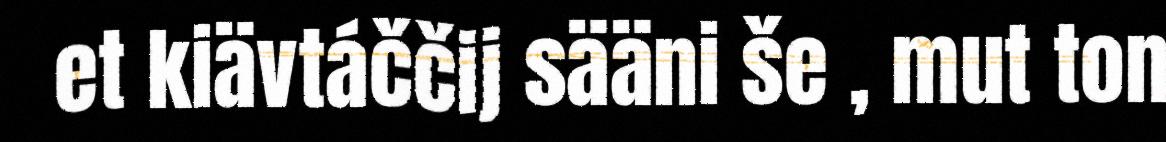
et kiävtáččij sääni še , mut ton